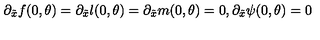
\partial _ { \tilde { x } } f ( 0 , \theta ) = \partial _ { \tilde { x } } l ( 0 , \theta ) = \partial _ { \tilde { x } } m ( 0 , \theta ) = 0 , \partial _ { \tilde { x } } \psi ( 0 , \theta ) = 0